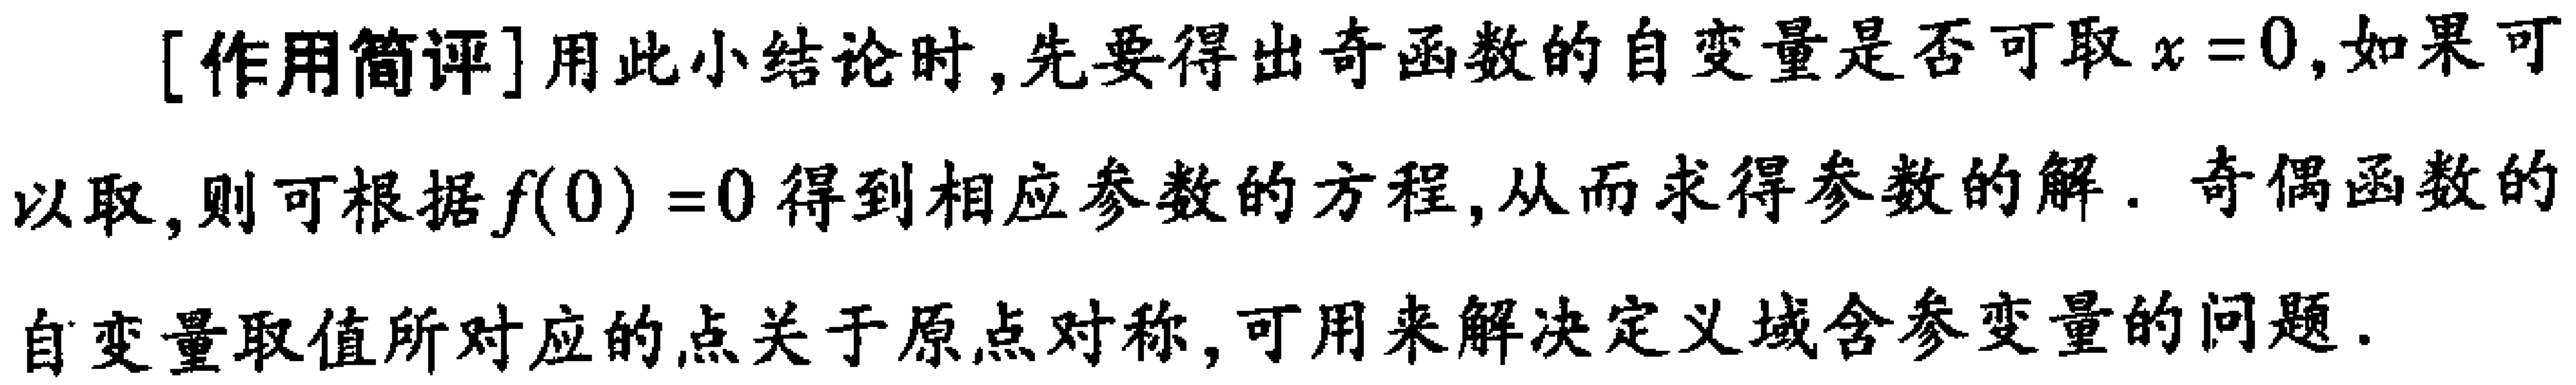
[作用简评]用此小结论时, 先要得出奇函数的自变量是否可取\(x = 0\),如果可以取, 则可根据\(f(0)=0\)得到相应参数的方程, 从而求得参数的解. 奇偶函数的自变量取值所对应的点关于原点对称, 可用来解决定义域含参变量的问题.